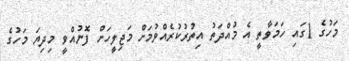
މަހުގެ 1ގައި ހަމަވާތީ އެ މުއްދަތު އިތުރުކުރެއްވުމަށް މަޖިލީހަށް ފޮނުއްވީ މިދިޔަ މަހުގެ